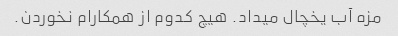
مزه آب یخچال میداد. هیچ کدوم از همکارام نخوردن.